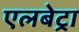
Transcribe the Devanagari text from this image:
एलबेट्रा